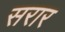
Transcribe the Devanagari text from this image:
सरार